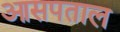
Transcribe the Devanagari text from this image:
आसपताल